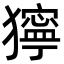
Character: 獰